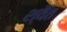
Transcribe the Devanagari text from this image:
श्वैत